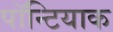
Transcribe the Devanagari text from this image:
पॉन्टियाक